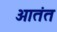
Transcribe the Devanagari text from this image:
आतंत